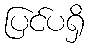
ပြင်ပရှိ